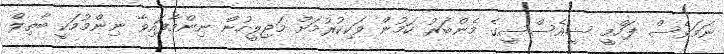
ނަމަވެސް ފަހްމީ ސީއެސްސީގެ މެންބަރު ކަމުން ވަކިކުރުމަށް މަޖިލީހުން ނިންމާފައިވާ ނިންމުމަކީ ބާތިލް